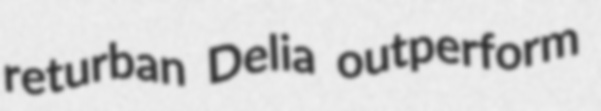
returban Delia outperform